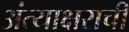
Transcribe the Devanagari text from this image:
अंत्याक्षराची